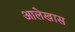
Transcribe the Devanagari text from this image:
आलेखास